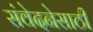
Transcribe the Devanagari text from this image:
संवेदनेसाठी